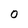
Character: 0